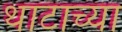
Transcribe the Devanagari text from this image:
थाटाच्या